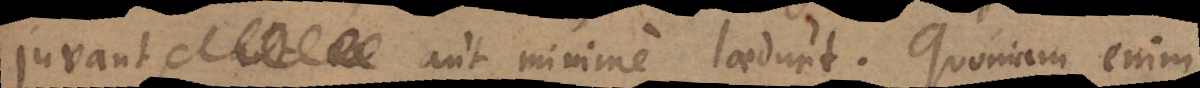
juvant, aut minime laedunt. Quoniam enim